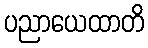
ပညာယေထာတိ